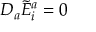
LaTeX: D _ { a } { \tilde { E } } _ { i } ^ { a } = 0